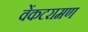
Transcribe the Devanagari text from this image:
वेंकटरामण